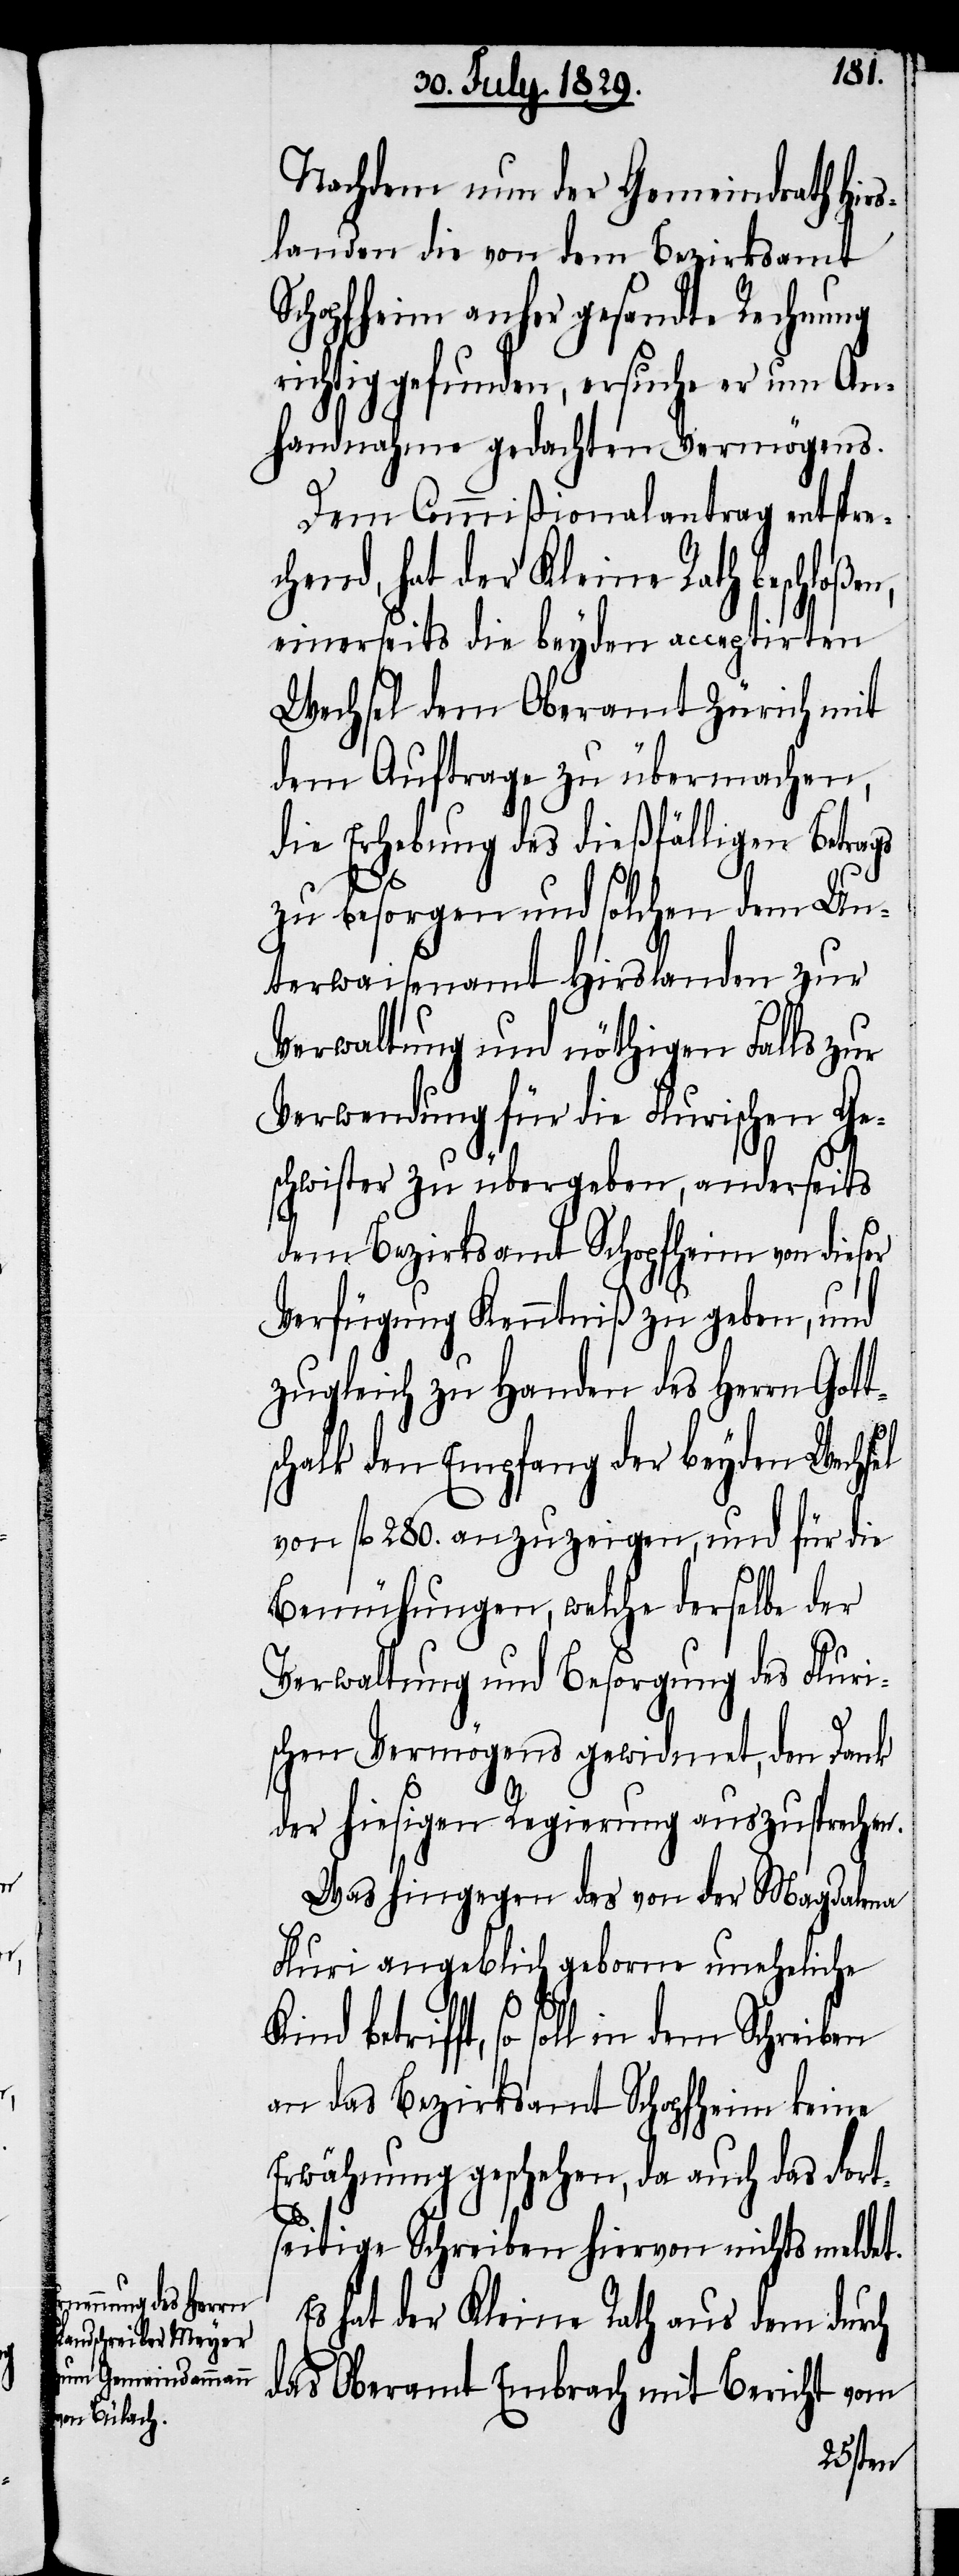
t¬
Nachdem nun der Gemeindrath Hirs¬
landen die von dem Bezirksamt
Schopfheim anher gesandte Rechnung
richtig gefunden, ersuche er um An¬
handnahme gedachten Vermögens.
Dem Commißionalantrag entspre¬
chend, hat der Kleine Rath beschloßen,
einerseits die beyden acceptirten
Wechsel dem Oberamt Zürich mit
dem Auftrag zu übermachen,
die Erhebung des dießfälligen Betrags
zu besorgen und solchen dem Un¬
terwaisenamt Hirslanden zur
Verwaltung und nöthigen Falls zur
Verwendung für die Flurische Ge¬
schwister zu übergeben, anderseits
dem Bezirksamt Schopfheim von dieser
Verfügung Kenntniß zu geben, und
zugleich zu Handen des Herrn Got¬
schalk den Empfang der beyden Wechsel
von fl. 280. anzuzeigen, und für die
Bemühungen, welche derselbe der
Verwaltung und Besorgung des Fluri¬
schen Vermögens gewidmet, den Dank
der hiesigen Regierung auszusprechen.
Was hingegen das von der Magdalena
Fluri angeblich geborne uneheliche
betrifft, so soll in dem Schreiben
an das Bezirksamt Schopfheim keine
Erwähnung geschehen, da auch das dort¬
seitige Schreiben hiervon nichts meldet.
Es hat der Kleine Rath aus dem durch
das Oberamt Embrach mit Bericht vom